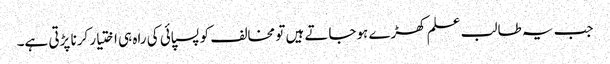
جب یہ طالب علم کھڑے ہوجاتے ہیں تو مخالف کو پسپائی کی راہ ہی اختیار کرنا پڑتی ہے۔